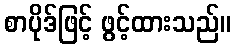
စာပိုဒ်ဖြင့် ဖွင့်ထားသည်။